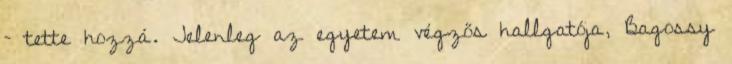
– tette hozzá. Jelenleg az egyetem végzős hallgatója, Bagossy